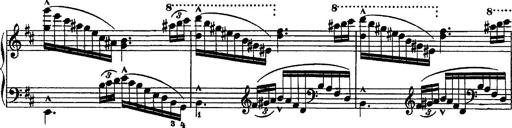
Title: Piano Sonata
Composer: Karl HÃ¤ssler
Key: C major